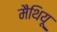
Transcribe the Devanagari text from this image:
मैथियू